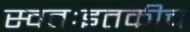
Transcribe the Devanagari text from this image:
स्वतःइतकीच